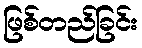
ဖြစ်တည်ခြင်း